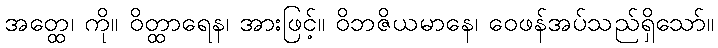
အတ္ထေ၊ ကို။ ဝိတ္ထာရေန၊ အားဖြင့်။ ဝိဘဇိယမာနေ၊ ဝေဖန်အပ်သည်ရှိသော်။